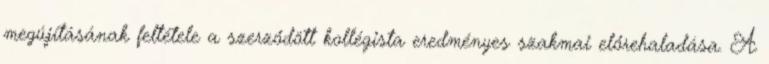
megújításának feltétele a szerződött kollégista eredményes szakmai előrehaladása. A